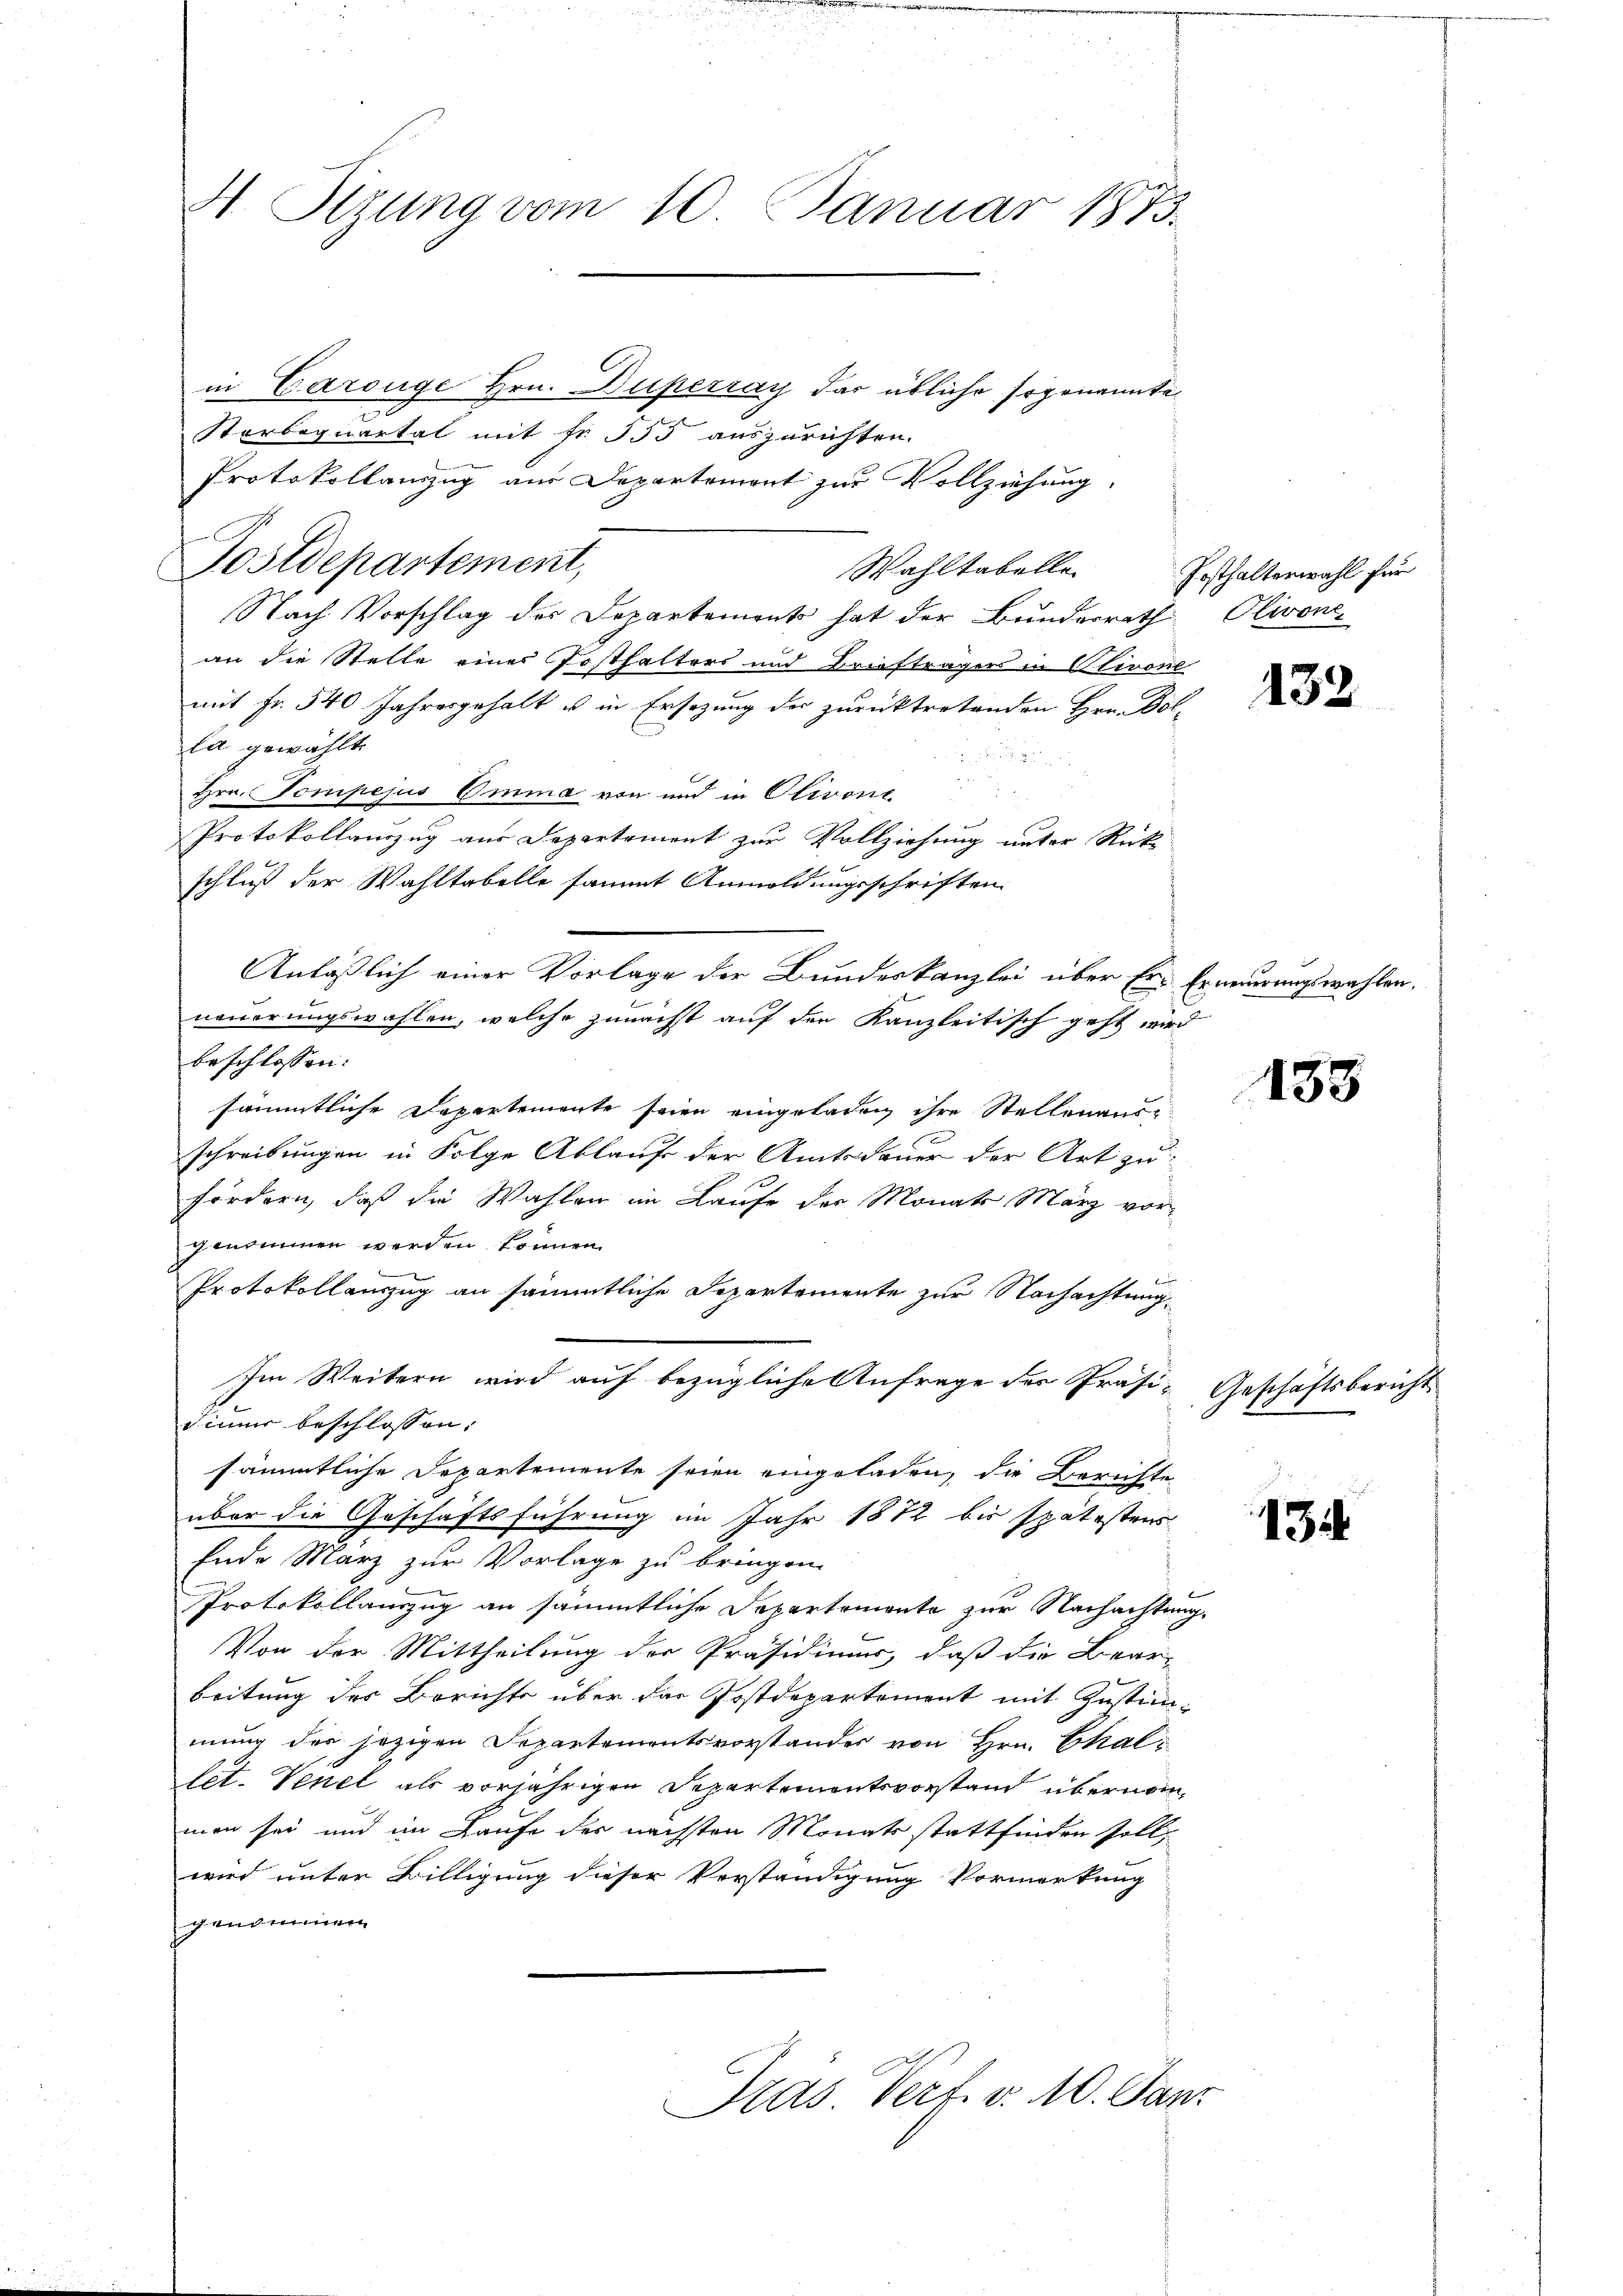
4 Stzung vom 10. Januar 1873.

in Carouge Hrn. Duperray dar übliche sogenannte
Starbequartal mit fr. 555 auszurichten.
Protokollauszug aus Departement zur Vollziehung.
Postdepartement,
Wahltabelle Posthalterwahl für
Nach Vorschlag der Departements hat der Bundesrath Olivone
an die Stelle eines Posthalters und Briefträgers in Olivone
mit Fr. 540 Jahresgehalt u in Ersezung der zurücktretenden Hrn. Dolla gewählt.
.
Hrn. Pompejus Emma von und in Olivone.
Protokollauszug aus Departement zur Vollziehung unter Rück-
schluß der Wahltabelle sammt Anmeldungsschriften
neuerungswahlen, welche zunächst auf den Kanzleitisch geht wird
beschlossen:
sämmtliche Departemente seien eingeladen ihre Stellenausschreibungen in Folge Ablauf der Amtsdauer der Art zu
fordern, daß die Wahlen im Laufe der Monats März vorgenommen werden können.
Protokollanzug an sämmtliche Departemente zur Nachachtung
Im Weitern wird auf bezügliche Anfrage der Präsidium beschlossen:
sämmtliche Departemente seien eingeladen, die Berichte
über die Geschäftsführung im Jahr 1882 bis spätestens
Ende März zur Vorlage zu bringen.
Protokollauszug an sämmtliche Departemonte zur Nachachtung,
Von der Mittheilung der Präsidium, daß die Bear-
beitung des Berichte über das Postdepartement mit Zustimmung des jezigen Departementsvorstandes von Hrn. Chaltet. Venel als vorjährigen Departementsvorstand übernommen sei und im Laufe des nächsten Monats stattfinden soll
wird unter Billigung dieser Verständigung Vormerkung
genommen
Dras Verf. v. 10. Janz

Anläßlich einer Vorlage der Bundeskanzlei über Er-Erneuerungswahlen.

432

135

Geschäftsbericht.

1314